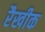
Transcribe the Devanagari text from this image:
रैखीक